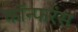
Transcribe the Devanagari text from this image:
कॉन्फरंस